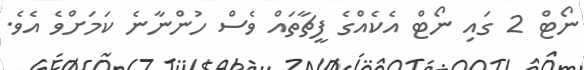
ނޯޓް 2 ގައި ނޯޓް އެކެއްގެ ފީޗާތައް ވެސް ހުންނާނެ ކަމަށްވެ އެވެ.